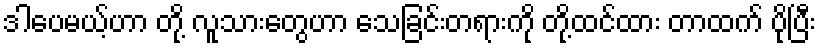
ဒါပေမယ့်ဟာ တို့ လူသားတွေဟာ သေခြင်းတရားကို တို့ထင်ထား တာထက် ပိုပြီး